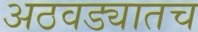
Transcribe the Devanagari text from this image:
अठवड्यातच